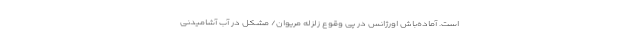
است. آماده‌باش اورژانس در پی وقوع زلزله مریوان/ مشکل در آب آشامیدنی